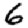
Digit: 6